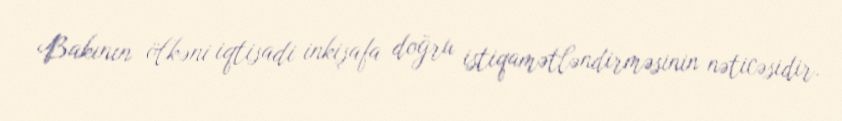
Bakının ölkəni iqtisadi inkişafa doğru istiqamətləndirməsinin nəticəsidir.